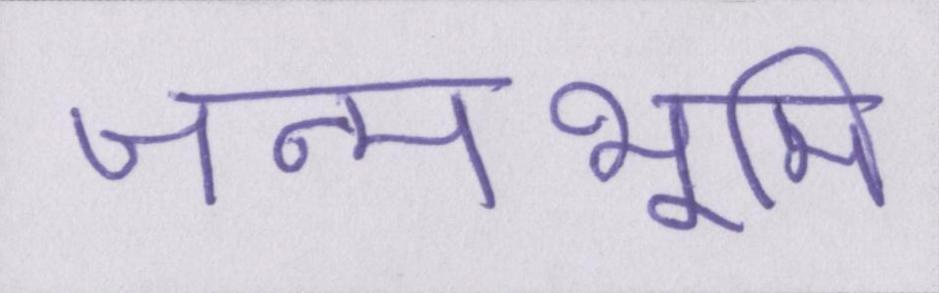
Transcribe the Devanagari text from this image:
जन्मभूमि